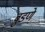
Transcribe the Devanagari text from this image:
बुडणे